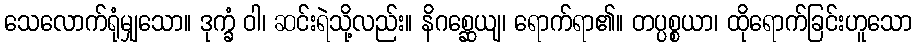
သေလောက်ရုံမျှသော။ ဒုက္ခံ ဝါ၊ ဆင်းရဲသို့လည်း။ နိဂစ္ဆေယျ၊ ရောက်ရာ၏။ တပ္ပစ္စယာ၊ ထိုရောက်ခြင်းဟူသော